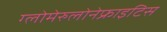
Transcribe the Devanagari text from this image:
ग्लोमेरुलोनेफ्राइटिस